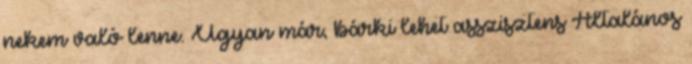
nekem való lenne. Ugyan már, bárki lehet asszisztens Általános